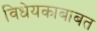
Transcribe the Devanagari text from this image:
विधेयकाबाबत